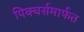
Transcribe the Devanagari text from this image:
पिक्चर्समार्फत